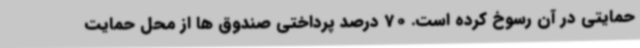
حمایتی در آن رسوخ کرده است. 70 درصد پرداختی صندوق ها از محل حمایت